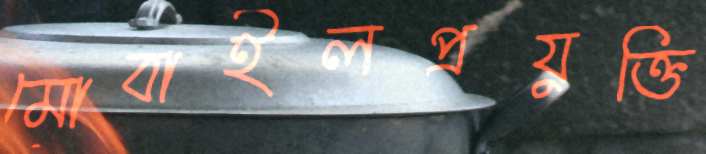
মোবাইলপ্রযুক্তি